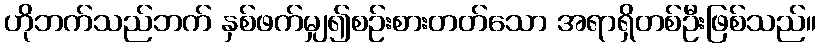
ဟိုဘက်သည်ဘက် နှစ်ဖက်မျှ၍စဉ်းစားတတ်သော အရာရှိတစ်ဦးဖြစ်သည်။